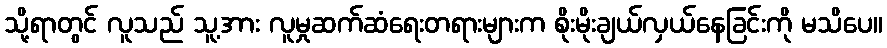
သို့ရာတွင် လူသည် သူ့အား လူမှုဆက်ဆံရေးတရားများက စိုးမိုးချယ်လှယ်နေခြင်းကို မသိပေ။